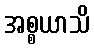
အစ္စယာသိ